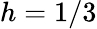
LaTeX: h=1/3